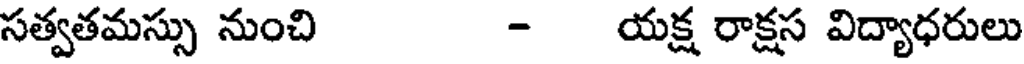
సత్వతమస్సు నుంచి - యక్ష రాక్షస విద్యాధరులు